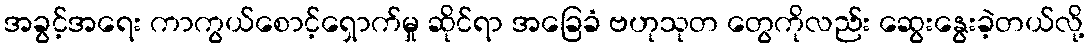
အခွင့်အရေး ကာကွယ်စောင့်ရှောက်မှု ဆိုင်ရာ အခြေခံ ဗဟုသုတ တွေကိုလည်း ဆွေးနွေးခဲ့တယ်လို့